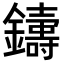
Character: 𨮾